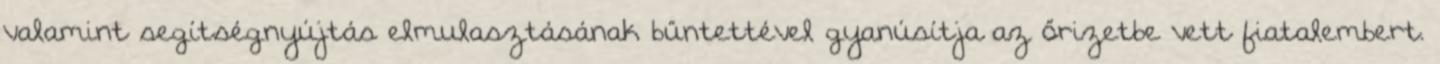
valamint segítségnyújtás elmulasztásának bűntettével gyanúsítja az őrizetbe vett fiatalembert.